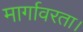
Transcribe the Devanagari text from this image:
मार्गावरता।